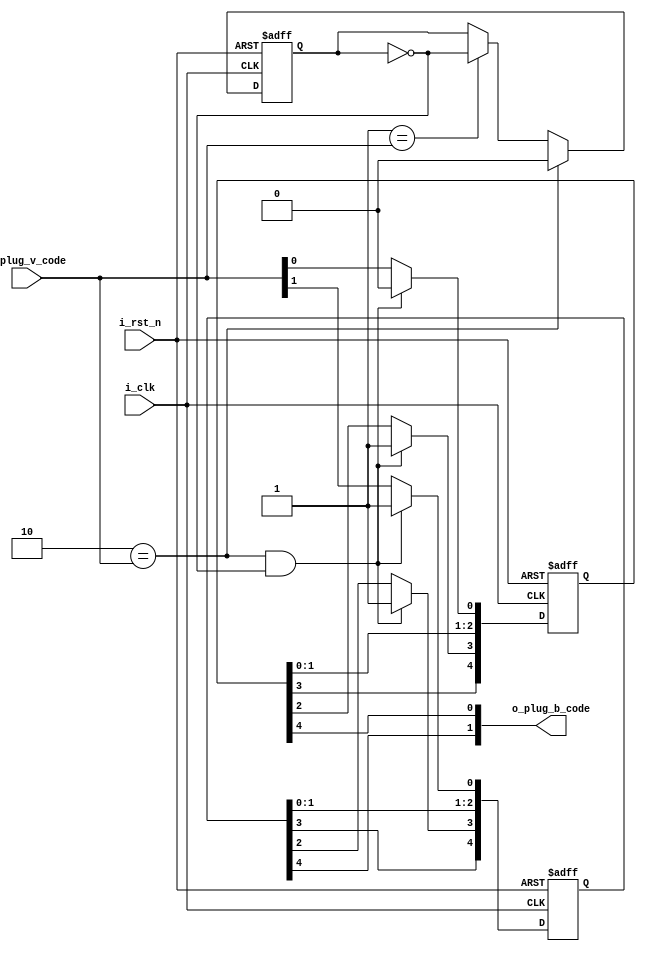
//*******************************FILE HEAD**************************************
//*********************Verilog HDL *********************
// FUNCTION        : HDB3B
// AUTHOR          : 
// DATE & REVISION : 
// COMPANY         : Verilog HDL 
// UPDATE          :
//******************************************************************************
`timescale 1ns/1ns

module hdb3_plug_b
    (
        input i_rst_n, //
        input i_clk, //
        input [1 : 0] i_plug_v_code,
        output [1 : 0] o_plug_b_code      
    );
    
    //o_data
    reg [1 : 0] r_plug_b_code;
    reg [4 : 0] r_plug_b_code_h;
    reg [4 : 0] r_plug_b_code_l;
    reg [2 : 0] r_data_shift;
    reg r_not_0_parity;
    
    assign o_plug_b_code = {r_plug_b_code_h[4], r_plug_b_code_l[4]};
    
    always @(posedge i_clk, negedge i_rst_n) 
    begin
        if(1'b0 == i_rst_n)
        begin
            r_not_0_parity <= 1'b0;
        end
        else
        begin
            if(2'b10 == i_plug_v_code)
                r_not_0_parity <= 1'b0;
            else if(2'b01 == i_plug_v_code)
                r_not_0_parity <= ~r_not_0_parity;            
        end
	end
	
	always @(posedge i_clk, negedge i_rst_n) 
    begin
        if(1'b0 == i_rst_n)
        begin
            r_plug_b_code_h <= 5'b0000;
            r_plug_b_code_l <= 5'b0000;
        end
        else
        begin
            if(2'b10 == i_plug_v_code && 1'b0 == r_not_0_parity)
            begin
                r_plug_b_code_h[0] <= 1'b1;
                r_plug_b_code_h[1] <= r_plug_b_code_h[0];
                r_plug_b_code_h[2] <= r_plug_b_code_h[1];
                r_plug_b_code_h[3] <= 1'b1;
                r_plug_b_code_h[4] <= r_plug_b_code_h[3];
                
                r_plug_b_code_l[0] <= 1'b0;
                r_plug_b_code_l[1] <= r_plug_b_code_l[0];
                r_plug_b_code_l[2] <= r_plug_b_code_l[1];
                r_plug_b_code_l[3] <= 1'b1;
                r_plug_b_code_l[4] <= r_plug_b_code_l[3];
            end
            else
            begin
                r_plug_b_code_h <= {r_plug_b_code_h[3 : 0], i_plug_v_code[1]};
                r_plug_b_code_l <= {r_plug_b_code_l[3 : 0], i_plug_v_code[0]};
            end
        end
	end
    
endmodule
// END OF hdb3_plug_b.v FILE ***************************************************